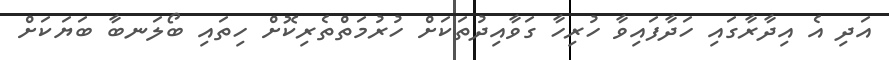
އަދި އެ އިދާރާގައި ހަދާފައިވާ ހުރިހާ ގަވާއިދުތަކަށް ހުރުމަތްތެރިކޮށް ހިތައި ބޯލަނބާ ބަޔަކަށް